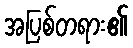
အပြစ်တရား၏